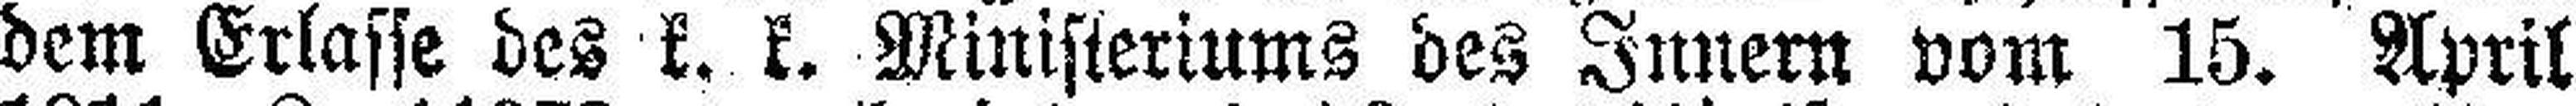
dem Erlasse des k. k. Ministeriums des Junern vom 15. April